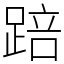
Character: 踣